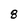
Character: 8